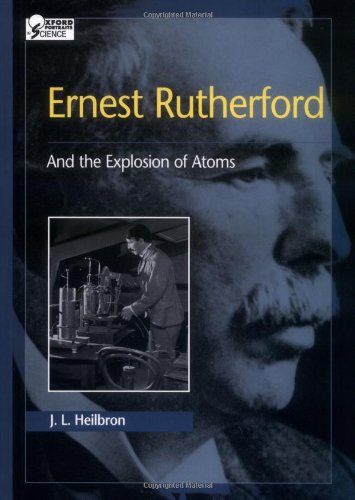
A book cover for Ernest Rutherford: And the Explosion of Atoms (Oxford Portraits in Science); J. L. Heilbron; Teen & Young Adult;